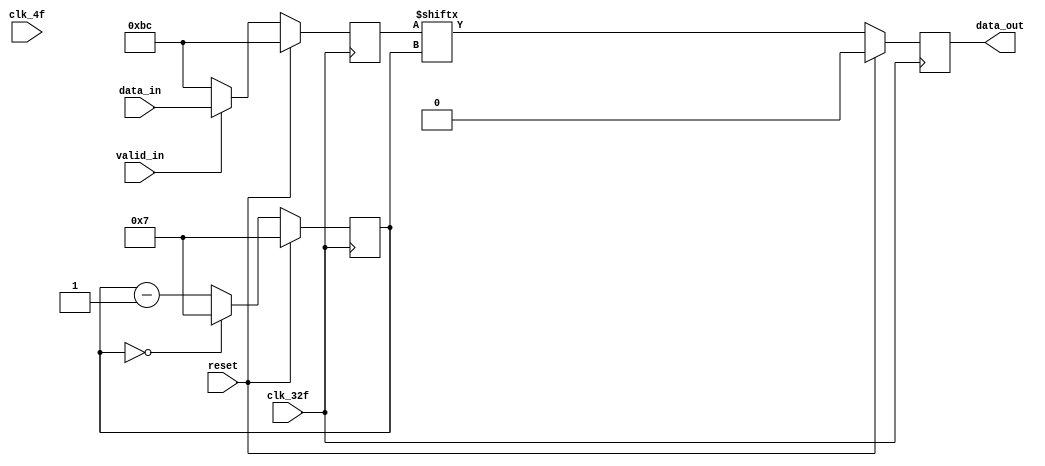
module paraleloSerial(
    input      [7:0]  data_in,
    input             clk_4f, clk_32f, valid_in, reset,
    output reg        data_out);

    reg [7:0] data2send;
    reg [3:0] selector;
    //reg validTemp;

    always @(posedge clk_32f) begin
        if (reset)begin
            data2send <= 'hBC;
            data_out <= 0;
            selector <= 7;
            //validTemp <= 1;
        end
        else begin
            if (valid_in == 0) begin
                //validTemp <= 0;
                data2send <= 'hBC;
            end
            else begin
                data2send <= data_in;
                //validTemp <= 0;
            end

            if (selector == 0) begin
                data_out <= data2send[selector];
                selector <= 7;
                //validTemp <= 1;
            end
            else begin
                data_out <= data2send[selector];
                selector <= selector - 1;
            end
        end
    end
endmodule